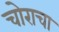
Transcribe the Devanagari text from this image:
चोराचा